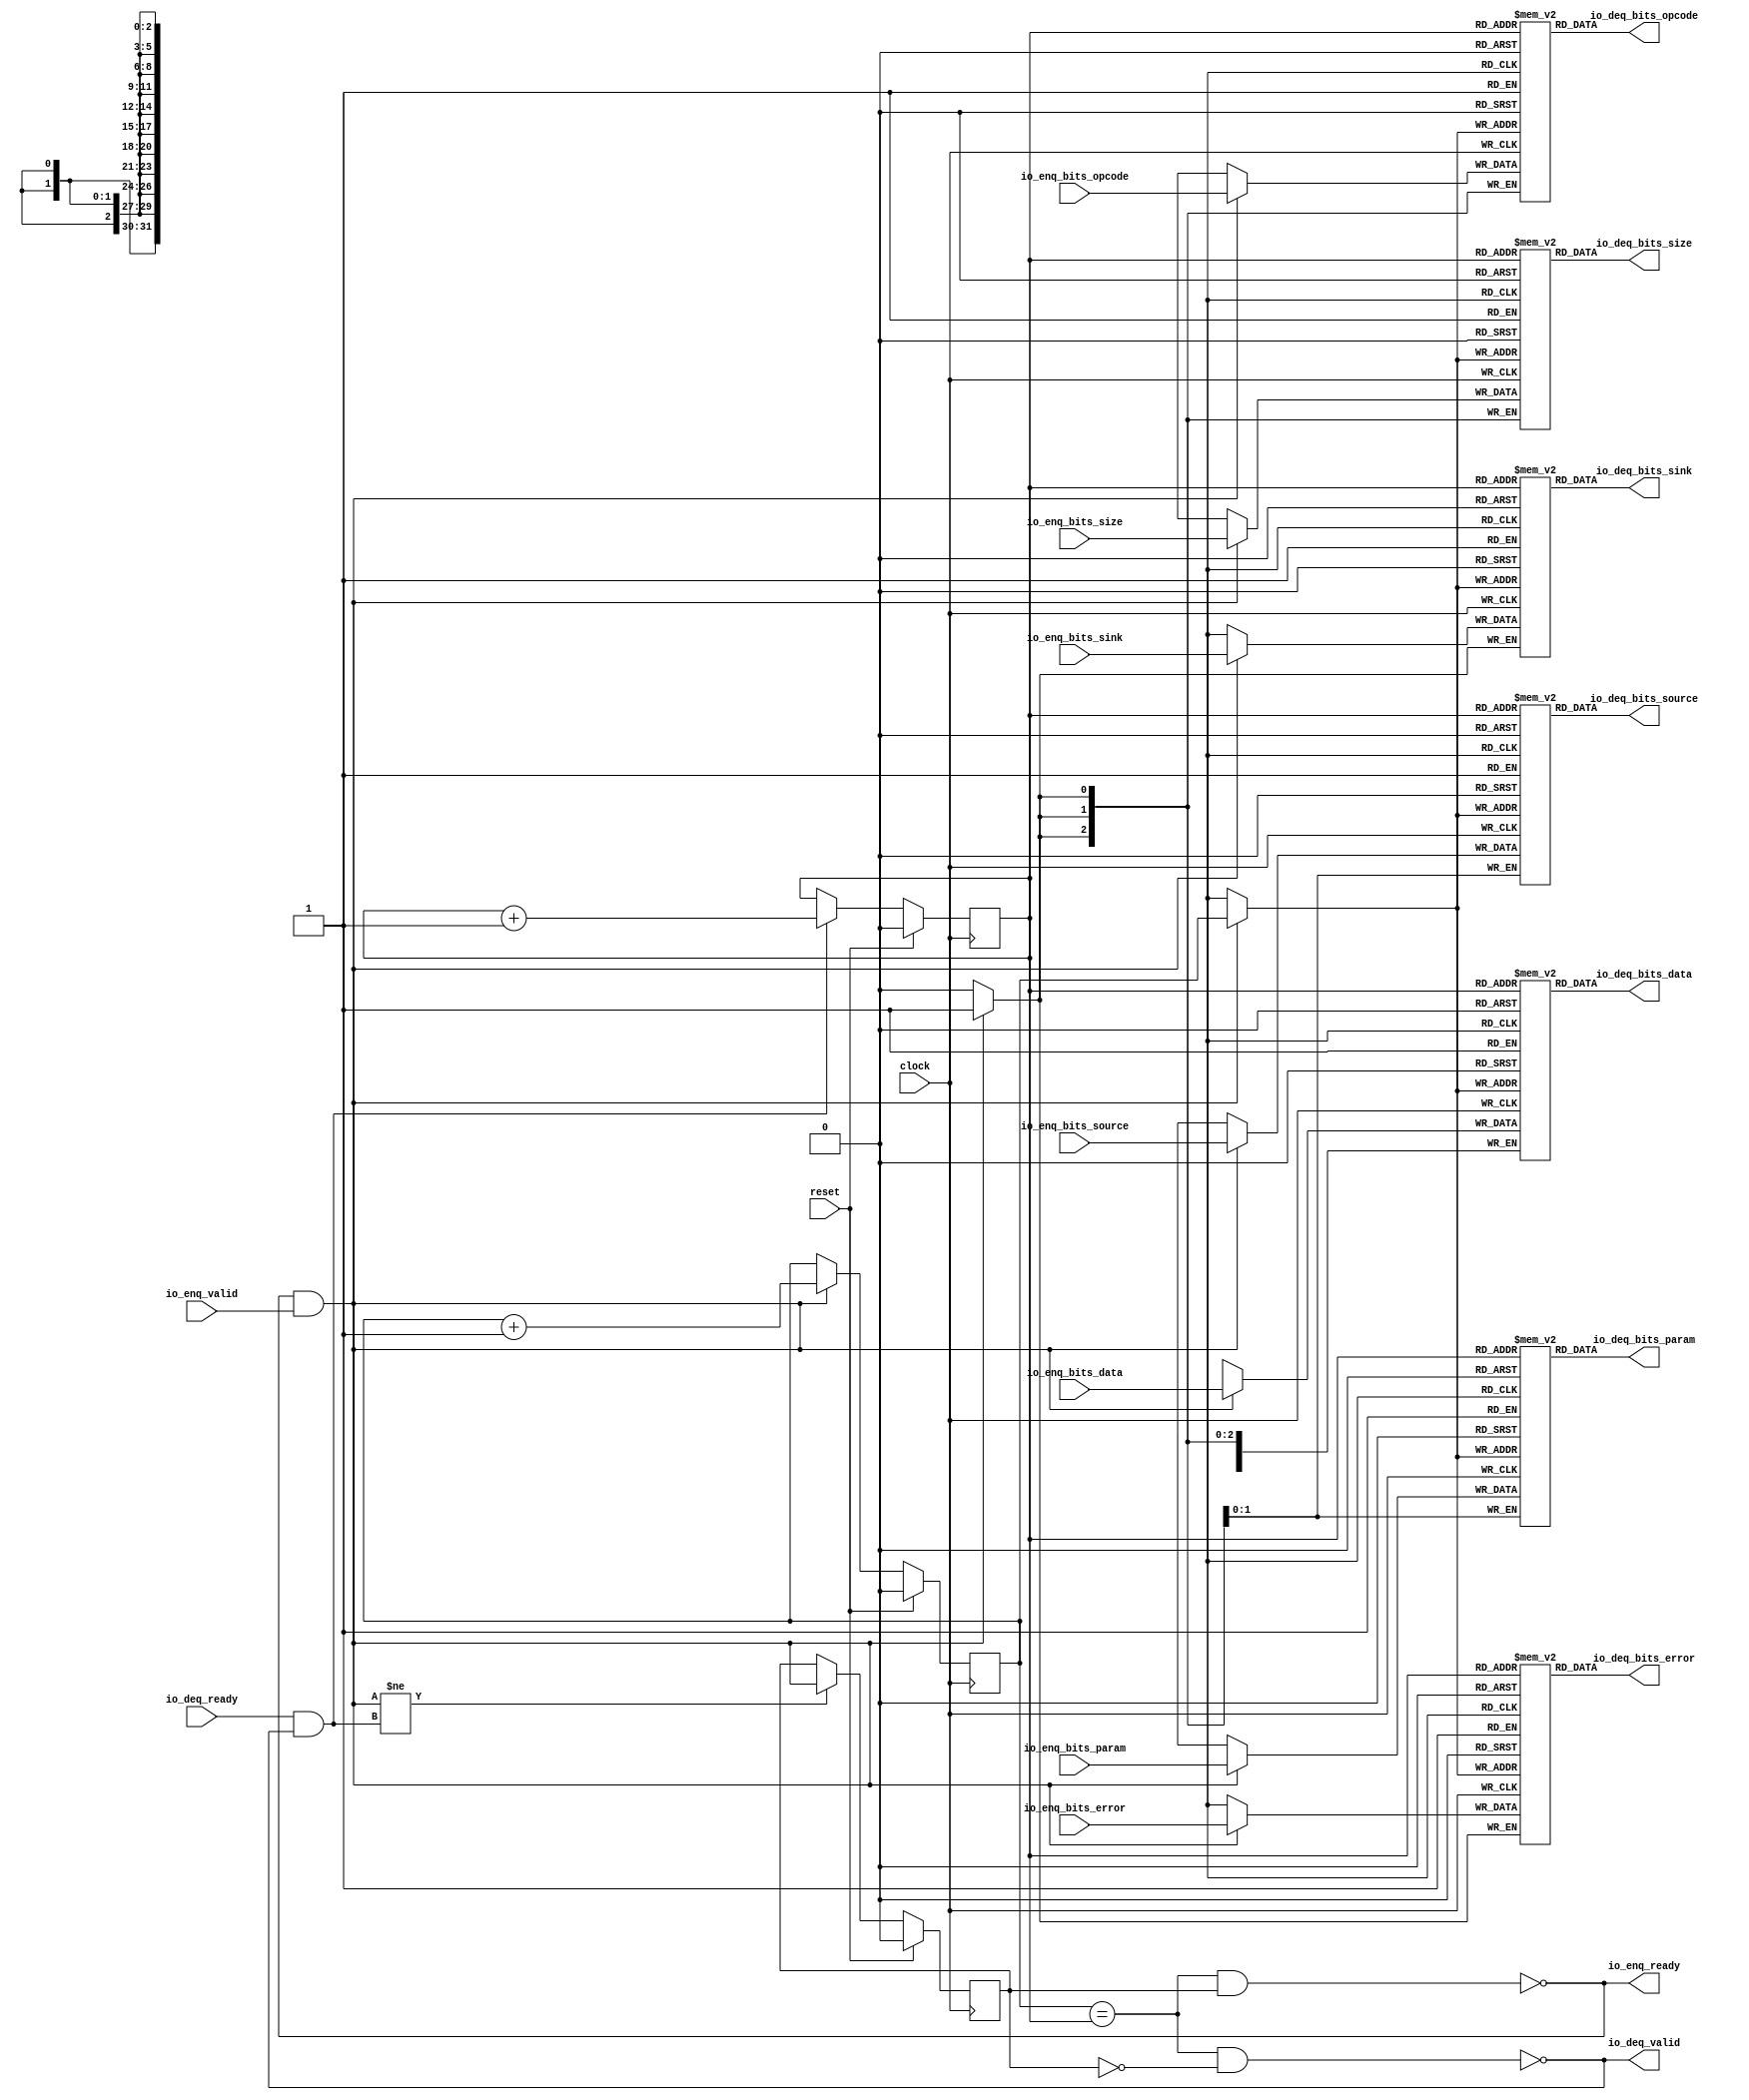
// Copyright (c) 2017, Microsemi Corporation
// All rights reserved.
//
// Redistribution and use in source and binary forms, with or without
// modification, are permitted provided that the following conditions are met:
//     * Redistributions of source code must retain the above copyright
//       notice, this list of conditions and the following disclaimer.
//     * Redistributions in binary form must reproduce the above copyright
//       notice, this list of conditions and the following disclaimer in the
//       documentation and/or other materials provided with the distribution.
//     * Neither the name of the <organization> nor the
//       names of its contributors may be used to endorse or promote products
//       derived from this software without specific prior written permission.
//
// THIS SOFTWARE IS PROVIDED BY THE COPYRIGHT HOLDERS AND CONTRIBUTORS "AS IS" AND
// ANY EXPRESS OR IMPLIED WARRANTIES, INCLUDING, BUT NOT LIMITED TO, THE IMPLIED
// WARRANTIES OF MERCHANTABILITY AND FITNESS FOR A PARTICULAR PURPOSE ARE
// DISCLAIMED. IN NO EVENT SHALL MICROSEMI CORPORATIONM BE LIABLE FOR ANY
// DIRECT, INDIRECT, INCIDENTAL, SPECIAL, EXEMPLARY, OR CONSEQUENTIAL DAMAGES
// (INCLUDING, BUT NOT LIMITED TO, PROCUREMENT OF SUBSTITUTE GOODS OR SERVICES;
// LOSS OF USE, DATA, OR PROFITS; OR BUSINESS INTERRUPTION) HOWEVER CAUSED AND
// ON ANY THEORY OF LIABILITY, WHETHER IN CONTRACT, STRICT LIABILITY, OR TORT
// (INCLUDING NEGLIGENCE OR OTHERWISE) ARISING IN ANY WAY OUT OF THE USE OF THIS
// SOFTWARE, EVEN IF ADVISED OF THE POSSIBILITY OF SUCH DAMAGE.
//
// APACHE LICENSE
// Copyright (c) 2017, Microsemi Corporation 
//
// Licensed under the Apache License, Version 2.0 (the "License");
// you may not use this file except in compliance with the License.
// You may obtain a copy of the License at
//
//    http://www.apache.org/licenses/LICENSE-2.0
//
// Unless required by applicable law or agreed to in writing, software
// distributed under the License is distributed on an "AS IS" BASIS,
// WITHOUT WARRANTIES OR CONDITIONS OF ANY KIND, either express or implied.
// See the License for the specific language governing permissions and
// limitations under the License.
//
// Description:
//
// SVN Revision Information:
// SVN $Revision: $
// SVN $Date: $
//
// Resolved SARs
// SAR      Date     Who   Description
//
// Notes:
//
// ****************************************************************************/
`define RANDOMIZE
`timescale 1ns/10ps
module MIV_RV32IMA_MIV_RV32IMA_0_MIV_RV32IMA_L1_AHB_QUEUE_10(
  input         clock,
  input         reset,
  output        io_enq_ready,
  input         io_enq_valid,
  input  [2:0]  io_enq_bits_opcode,
  input  [1:0]  io_enq_bits_param,
  input  [2:0]  io_enq_bits_size,
  input  [1:0]  io_enq_bits_source,
  input         io_enq_bits_sink,
  input  [31:0] io_enq_bits_data,
  input         io_enq_bits_error,
  input         io_deq_ready,
  output        io_deq_valid,
  output [2:0]  io_deq_bits_opcode,
  output [1:0]  io_deq_bits_param,
  output [2:0]  io_deq_bits_size,
  output [1:0]  io_deq_bits_source,
  output        io_deq_bits_sink,
  output [31:0] io_deq_bits_data,
  output        io_deq_bits_error
);
  reg [2:0] ram_opcode [0:1] /* synthesis syn_ramstyle = "registers" */;
  reg [31:0] _RAND_0;
  wire [2:0] ram_opcode__T_43_data;
  wire  ram_opcode__T_43_addr;
  wire [2:0] ram_opcode__T_29_data;
  wire  ram_opcode__T_29_addr;
  wire  ram_opcode__T_29_mask;
  wire  ram_opcode__T_29_en;
  reg [1:0] ram_param [0:1] /* synthesis syn_ramstyle = "registers" */;
  reg [31:0] _RAND_1;
  wire [1:0] ram_param__T_43_data;
  wire  ram_param__T_43_addr;
  wire [1:0] ram_param__T_29_data;
  wire  ram_param__T_29_addr;
  wire  ram_param__T_29_mask;
  wire  ram_param__T_29_en;
  reg [2:0] ram_size [0:1] /* synthesis syn_ramstyle = "registers" */;
  reg [31:0] _RAND_2;
  wire [2:0] ram_size__T_43_data;
  wire  ram_size__T_43_addr;
  wire [2:0] ram_size__T_29_data;
  wire  ram_size__T_29_addr;
  wire  ram_size__T_29_mask;
  wire  ram_size__T_29_en;
  reg [1:0] ram_source [0:1] /* synthesis syn_ramstyle = "registers" */;
  reg [31:0] _RAND_3;
  wire [1:0] ram_source__T_43_data;
  wire  ram_source__T_43_addr;
  wire [1:0] ram_source__T_29_data;
  wire  ram_source__T_29_addr;
  wire  ram_source__T_29_mask;
  wire  ram_source__T_29_en;
  reg  ram_sink [0:1];
  reg [31:0] _RAND_4;
  wire  ram_sink__T_43_data;
  wire  ram_sink__T_43_addr;
  wire  ram_sink__T_29_data;
  wire  ram_sink__T_29_addr;
  wire  ram_sink__T_29_mask;
  wire  ram_sink__T_29_en;
  reg [31:0] ram_data [0:1] /* synthesis syn_ramstyle = "registers" */;
  reg [31:0] _RAND_5;
  wire [31:0] ram_data__T_43_data;
  wire  ram_data__T_43_addr;
  wire [31:0] ram_data__T_29_data;
  wire  ram_data__T_29_addr;
  wire  ram_data__T_29_mask;
  wire  ram_data__T_29_en;
  reg  ram_error [0:1];
  reg [31:0] _RAND_6;
  wire  ram_error__T_43_data;
  wire  ram_error__T_43_addr;
  wire  ram_error__T_29_data;
  wire  ram_error__T_29_addr;
  wire  ram_error__T_29_mask;
  wire  ram_error__T_29_en;
  reg  value;
  reg [31:0] _RAND_7;
  reg  value_1;
  reg [31:0] _RAND_8;
  reg  maybe_full;
  reg [31:0] _RAND_9;
  wire  _T_20;
  wire  _T_22;
  wire  _T_23;
  wire  _T_24;
  wire  _T_25;
  wire  _T_27;
  wire [1:0] _T_32;
  wire  _T_33;
  wire  _GEN_10;
  wire [1:0] _T_36;
  wire  _T_37;
  wire  _GEN_11;
  wire  _T_38;
  wire  _GEN_12;
  wire  _T_40;
  wire  _T_42;
  assign io_enq_ready = _T_42;
  assign io_deq_valid = _T_40;
  assign io_deq_bits_opcode = ram_opcode__T_43_data;
  assign io_deq_bits_param = ram_param__T_43_data;
  assign io_deq_bits_size = ram_size__T_43_data;
  assign io_deq_bits_source = ram_source__T_43_data;
  assign io_deq_bits_sink = ram_sink__T_43_data;
  assign io_deq_bits_data = ram_data__T_43_data;
  assign io_deq_bits_error = ram_error__T_43_data;
  assign ram_opcode__T_43_addr = value_1;
  assign ram_opcode__T_43_data = ram_opcode[ram_opcode__T_43_addr];
  assign ram_opcode__T_29_data = io_enq_bits_opcode;
  assign ram_opcode__T_29_addr = value;
  assign ram_opcode__T_29_mask = _T_25;
  assign ram_opcode__T_29_en = _T_25;
  assign ram_param__T_43_addr = value_1;
  assign ram_param__T_43_data = ram_param[ram_param__T_43_addr];
  assign ram_param__T_29_data = io_enq_bits_param;
  assign ram_param__T_29_addr = value;
  assign ram_param__T_29_mask = _T_25;
  assign ram_param__T_29_en = _T_25;
  assign ram_size__T_43_addr = value_1;
  assign ram_size__T_43_data = ram_size[ram_size__T_43_addr];
  assign ram_size__T_29_data = io_enq_bits_size;
  assign ram_size__T_29_addr = value;
  assign ram_size__T_29_mask = _T_25;
  assign ram_size__T_29_en = _T_25;
  assign ram_source__T_43_addr = value_1;
  assign ram_source__T_43_data = ram_source[ram_source__T_43_addr];
  assign ram_source__T_29_data = io_enq_bits_source;
  assign ram_source__T_29_addr = value;
  assign ram_source__T_29_mask = _T_25;
  assign ram_source__T_29_en = _T_25;
  assign ram_sink__T_43_addr = value_1;
  assign ram_sink__T_43_data = ram_sink[ram_sink__T_43_addr];
  assign ram_sink__T_29_data = io_enq_bits_sink;
  assign ram_sink__T_29_addr = value;
  assign ram_sink__T_29_mask = _T_25;
  assign ram_sink__T_29_en = _T_25;
  assign ram_data__T_43_addr = value_1;
  assign ram_data__T_43_data = ram_data[ram_data__T_43_addr];
  assign ram_data__T_29_data = io_enq_bits_data;
  assign ram_data__T_29_addr = value;
  assign ram_data__T_29_mask = _T_25;
  assign ram_data__T_29_en = _T_25;
  assign ram_error__T_43_addr = value_1;
  assign ram_error__T_43_data = ram_error[ram_error__T_43_addr];
  assign ram_error__T_29_data = io_enq_bits_error;
  assign ram_error__T_29_addr = value;
  assign ram_error__T_29_mask = _T_25;
  assign ram_error__T_29_en = _T_25;
  assign _T_20 = value == value_1;
  assign _T_22 = maybe_full == 1'h0;
  assign _T_23 = _T_20 & _T_22;
  assign _T_24 = _T_20 & maybe_full;
  assign _T_25 = io_enq_ready & io_enq_valid;
  assign _T_27 = io_deq_ready & io_deq_valid;
  assign _T_32 = value + 1'h1;
  assign _T_33 = _T_32[0:0];
  assign _GEN_10 = _T_25 ? _T_33 : value;
  assign _T_36 = value_1 + 1'h1;
  assign _T_37 = _T_36[0:0];
  assign _GEN_11 = _T_27 ? _T_37 : value_1;
  assign _T_38 = _T_25 != _T_27;
  assign _GEN_12 = _T_38 ? _T_25 : maybe_full;
  assign _T_40 = _T_23 == 1'h0;
  assign _T_42 = _T_24 == 1'h0;
`ifdef RANDOMIZE
  integer initvar;
  initial begin
    `ifndef verilator
      #0.002 begin end
    `endif
  _RAND_0 = {1{$random}};
  `ifdef RANDOMIZE_MEM_INIT
  for (initvar = 0; initvar < 2; initvar = initvar+1)
    ram_opcode[initvar] = _RAND_0[2:0];
  `endif // RANDOMIZE_MEM_INIT
  _RAND_1 = {1{$random}};
  `ifdef RANDOMIZE_MEM_INIT
  for (initvar = 0; initvar < 2; initvar = initvar+1)
    ram_param[initvar] = _RAND_1[1:0];
  `endif // RANDOMIZE_MEM_INIT
  _RAND_2 = {1{$random}};
  `ifdef RANDOMIZE_MEM_INIT
  for (initvar = 0; initvar < 2; initvar = initvar+1)
    ram_size[initvar] = _RAND_2[2:0];
  `endif // RANDOMIZE_MEM_INIT
  _RAND_3 = {1{$random}};
  `ifdef RANDOMIZE_MEM_INIT
  for (initvar = 0; initvar < 2; initvar = initvar+1)
    ram_source[initvar] = _RAND_3[1:0];
  `endif // RANDOMIZE_MEM_INIT
  _RAND_4 = {1{$random}};
  `ifdef RANDOMIZE_MEM_INIT
  for (initvar = 0; initvar < 2; initvar = initvar+1)
    ram_sink[initvar] = _RAND_4[0:0];
  `endif // RANDOMIZE_MEM_INIT
  _RAND_5 = {1{$random}};
  `ifdef RANDOMIZE_MEM_INIT
  for (initvar = 0; initvar < 2; initvar = initvar+1)
    ram_data[initvar] = _RAND_5[31:0];
  `endif // RANDOMIZE_MEM_INIT
  _RAND_6 = {1{$random}};
  `ifdef RANDOMIZE_MEM_INIT
  for (initvar = 0; initvar < 2; initvar = initvar+1)
    ram_error[initvar] = _RAND_6[0:0];
  `endif // RANDOMIZE_MEM_INIT
  `ifdef RANDOMIZE_REG_INIT
  _RAND_7 = {1{$random}};
  value = _RAND_7[0:0];
  `endif // RANDOMIZE_REG_INIT
  `ifdef RANDOMIZE_REG_INIT
  _RAND_8 = {1{$random}};
  value_1 = _RAND_8[0:0];
  `endif // RANDOMIZE_REG_INIT
  `ifdef RANDOMIZE_REG_INIT
  _RAND_9 = {1{$random}};
  maybe_full = _RAND_9[0:0];
  `endif // RANDOMIZE_REG_INIT
  end
`endif // RANDOMIZE
  always @(posedge clock) begin
    if(ram_opcode__T_29_en & ram_opcode__T_29_mask) begin
      ram_opcode[ram_opcode__T_29_addr] <= ram_opcode__T_29_data;
    end
    if(ram_param__T_29_en & ram_param__T_29_mask) begin
      ram_param[ram_param__T_29_addr] <= ram_param__T_29_data;
    end
    if(ram_size__T_29_en & ram_size__T_29_mask) begin
      ram_size[ram_size__T_29_addr] <= ram_size__T_29_data;
    end
    if(ram_source__T_29_en & ram_source__T_29_mask) begin
      ram_source[ram_source__T_29_addr] <= ram_source__T_29_data;
    end
    if(ram_sink__T_29_en & ram_sink__T_29_mask) begin
      ram_sink[ram_sink__T_29_addr] <= ram_sink__T_29_data;
    end
    if(ram_data__T_29_en & ram_data__T_29_mask) begin
      ram_data[ram_data__T_29_addr] <= ram_data__T_29_data;
    end
    if(ram_error__T_29_en & ram_error__T_29_mask) begin
      ram_error[ram_error__T_29_addr] <= ram_error__T_29_data;
    end
    if (reset) begin
      value <= 1'h0;
    end else begin
      if (_T_25) begin
        value <= _T_33;
      end
    end
    if (reset) begin
      value_1 <= 1'h0;
    end else begin
      if (_T_27) begin
        value_1 <= _T_37;
      end
    end
    if (reset) begin
      maybe_full <= 1'h0;
    end else begin
      if (_T_38) begin
        maybe_full <= _T_25;
      end
    end
  end
endmodule